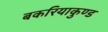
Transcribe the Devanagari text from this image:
बकरियाकुण्ड